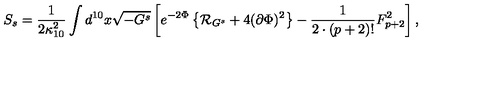
S _ { s } = { \frac { 1 } { 2 \kappa _ { 1 0 } ^ { 2 } } } \int d ^ { 1 0 } x \sqrt { - G ^ { s } } \left[ e ^ { - 2 \Phi } \left\{ { \cal R } _ { G ^ { s } } + 4 ( \partial \Phi ) ^ { 2 } \right\} - { \frac { 1 } { 2 \cdot ( p + 2 ) ! } } F _ { p + 2 } ^ { 2 } \right] ,